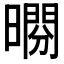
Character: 𣊱